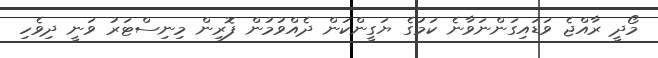
މޯދީ ރާއްޖެ ވަޑައިގަންނަވާނެ ކަމުގެ ޔަގީންކަން ދެއްވުމުން ފޮރިން މިނިސްޓަރު ވަނީ ދިވެހި